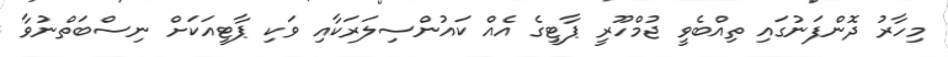
މިހާރު ދޮންފަނުގައި ތިއްބެވީ ޖުމްހޫރީ ޕާޓީގެ އެއް ކައުންސިލަރަކާއި ވަކި ޕާޓީއަކަށް ނިސްބަތްނުވާ